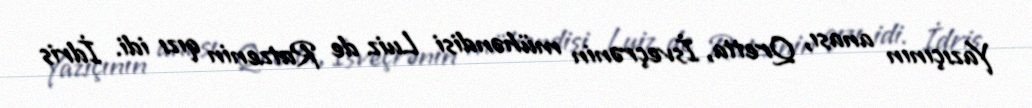
Yazıçının anası, Qretta, İsveçrənin mühəndisi Luiz de Ratzenin qızı idi. İdris